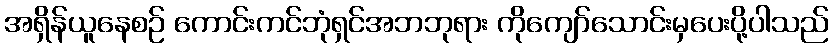
အရှိန်ယူနေစဉ် ကောင်းကင်ဘုံရှင်အဘဘုရား ကိုကျော်သောင်းမှပေးပို့ပါသည်